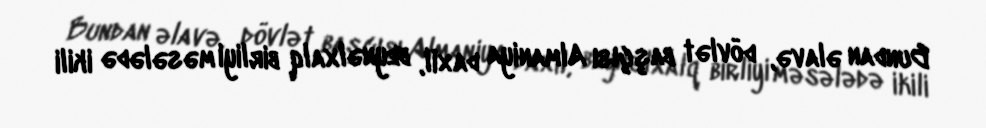
Bundan əlavə, dövlət başçısı Almaniya daxil, beynəlxalq birliyi məsələdə ikili